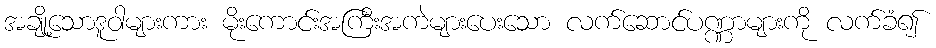
အချို့သောဒူဝါများကား မိုးကောင်းအကြီးအကဲများပေးသော လက်ဆောင်ပဏ္ဏာများကို လက်ခံ၍